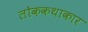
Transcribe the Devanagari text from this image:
लोककथाकार